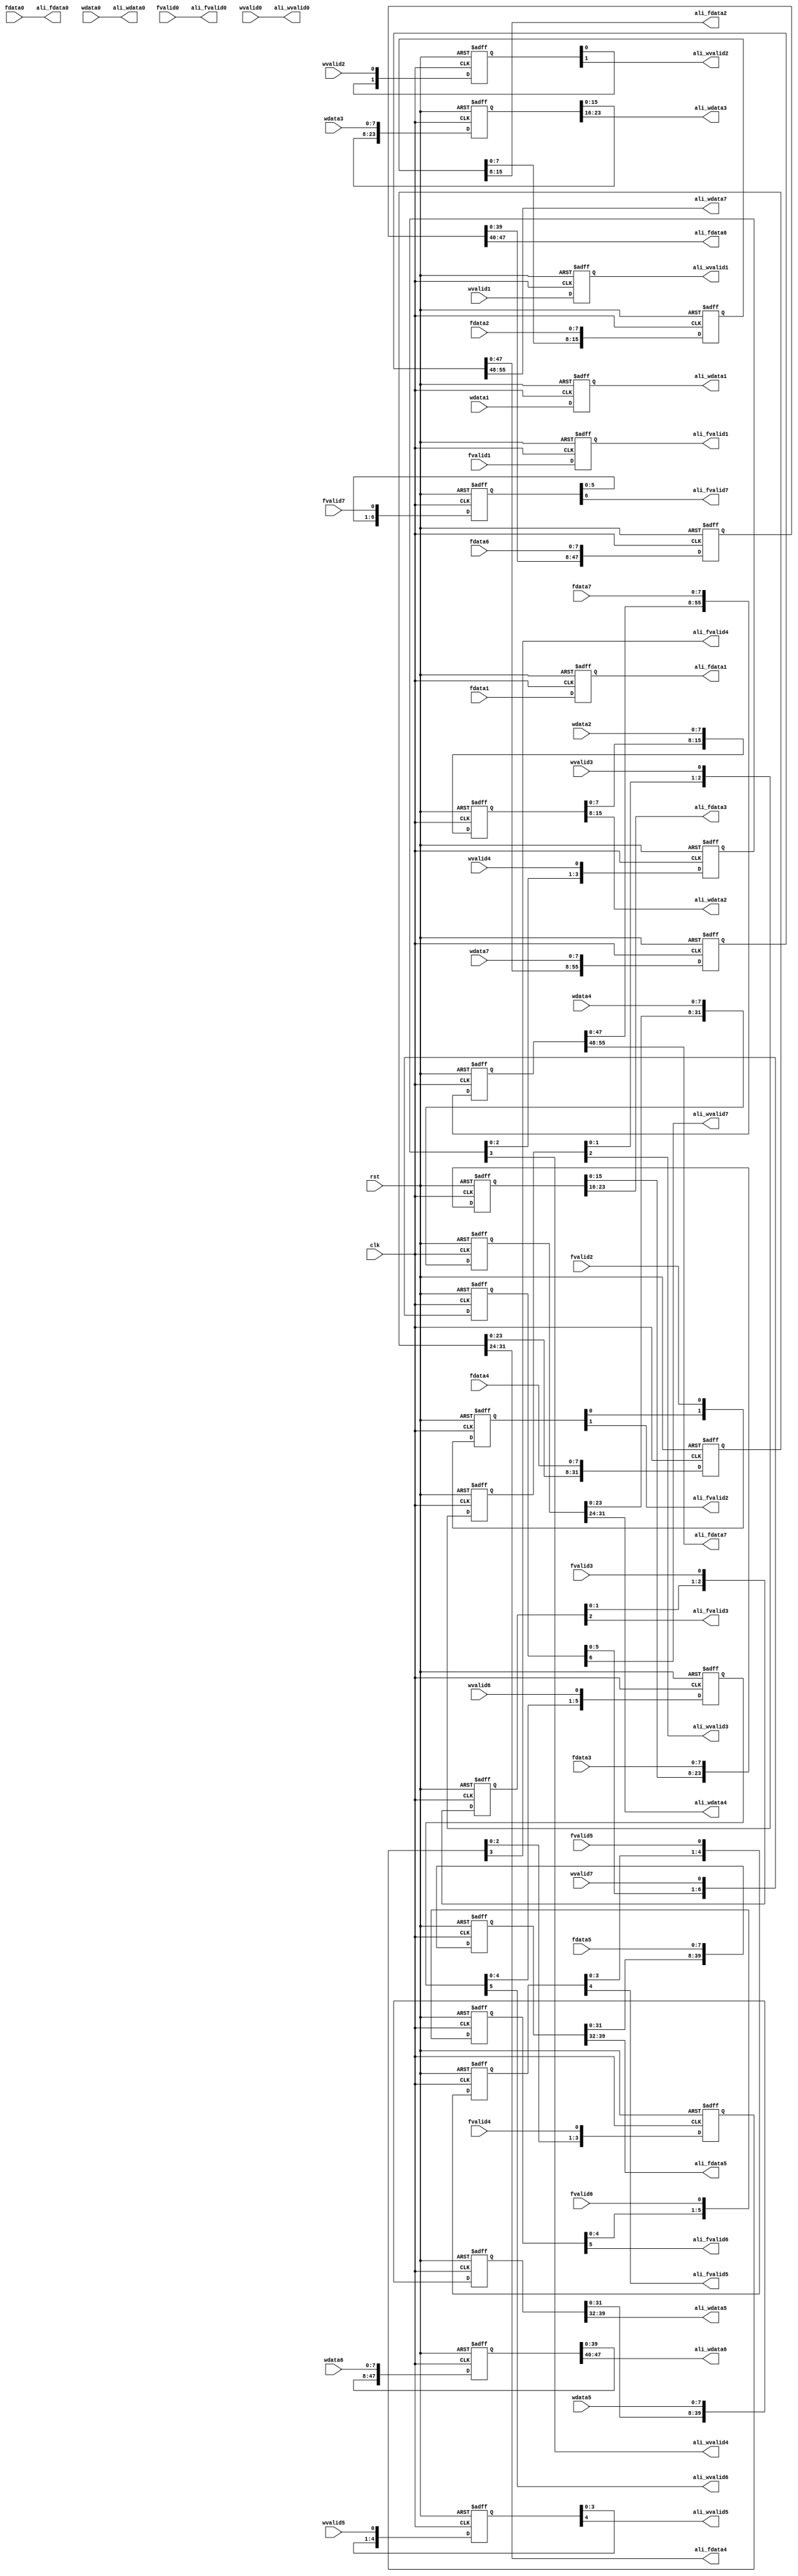
module Input_align(
    input clk,
    input rst,
    input fvalid0,
    input [7:0] fdata0,
    input fvalid1,
    input [7:0] fdata1,
    input fvalid2,
    input [7:0] fdata2,
    input fvalid3,
    input [7:0] fdata3,
    input fvalid4,
    input [7:0] fdata4,
    input fvalid5,
    input [7:0] fdata5,
    input fvalid6,
    input [7:0] fdata6,
    input fvalid7,
    input [7:0] fdata7,
    input wvalid0,
    input [7:0] wdata0,
    input wvalid1,
    input [7:0] wdata1,
    input wvalid2,
    input [7:0] wdata2,
    input wvalid3,
    input [7:0] wdata3,
    input wvalid4,
    input [7:0] wdata4,
    input wvalid5,
    input [7:0] wdata5,
    input wvalid6,
    input [7:0] wdata6,
    input wvalid7,
    input [7:0] wdata7,
    output ali_fvalid0,
    output [7:0] ali_fdata0,
    output ali_fvalid1,
    output [7:0] ali_fdata1,
    output ali_fvalid2,
    output [7:0] ali_fdata2,
    output ali_fvalid3,
    output [7:0] ali_fdata3,
    output ali_fvalid4,
    output [7:0] ali_fdata4,
    output ali_fvalid5,
    output [7:0] ali_fdata5,
    output ali_fvalid6,
    output [7:0] ali_fdata6,
    output ali_fvalid7,
    output [7:0] ali_fdata7,
    output ali_wvalid0,
    output [7:0] ali_wdata0,
    output ali_wvalid1,
    output [7:0] ali_wdata1,
    output ali_wvalid2,
    output [7:0] ali_wdata2,
    output ali_wvalid3,
    output [7:0] ali_wdata3,
    output ali_wvalid4,
    output [7:0] ali_wdata4,
    output ali_wvalid5,
    output [7:0] ali_wdata5,
    output ali_wvalid6,
    output [7:0] ali_wdata6,
    output ali_wvalid7,
    output [7:0] ali_wdata7
    );

reg                   fvalid1_r                ; 
reg     [   7:   0]   fdata1_r                 ; 
reg     [   1:   0]   fvalid2_r                ; 
reg     [  15:   0]   fdata2_r                 ; 
reg     [   2:   0]   fvalid3_r                ; 
reg     [  23:   0]   fdata3_r                 ; 
reg     [   3:   0]   fvalid4_r                ; 
reg     [  31:   0]   fdata4_r                 ; 
reg     [   4:   0]   fvalid5_r                ; 
reg     [  39:   0]   fdata5_r                 ; 
reg     [   5:   0]   fvalid6_r                ; 
reg     [  47:   0]   fdata6_r                 ; 
reg     [   6:   0]   fvalid7_r                ; 
reg     [  55:   0]   fdata7_r                 ; 
reg                   wvalid1_r                ; 
reg     [   7:   0]   wdata1_r                 ; 
reg     [   1:   0]   wvalid2_r                ; 
reg     [  15:   0]   wdata2_r                 ; 
reg     [   2:   0]   wvalid3_r                ; 
reg     [  23:   0]   wdata3_r                 ; 
reg     [   3:   0]   wvalid4_r                ; 
reg     [  31:   0]   wdata4_r                 ; 
reg     [   4:   0]   wvalid5_r                ; 
reg     [  39:   0]   wdata5_r                 ; 
reg     [   5:   0]   wvalid6_r                ; 
reg     [  47:   0]   wdata6_r                 ; 
reg     [   6:   0]   wvalid7_r                ; 
reg     [  55:   0]   wdata7_r                 ; 

always @(posedge clk or posedge rst) begin
    if (rst) begin
        fvalid1_r <= 'b0;
        fdata1_r  <= 'b0;
        fvalid2_r <= 'b0;
        fdata2_r  <= 'b0;
        fvalid3_r <= 'b0;
        fdata3_r  <= 'b0;
        fvalid4_r <= 'b0;
        fdata4_r  <= 'b0;
        fvalid5_r <= 'b0;
        fdata5_r  <= 'b0;
        fvalid6_r <= 'b0;
        fdata6_r  <= 'b0;
        fvalid7_r <= 'b0;
        fdata7_r  <= 'b0;
        wvalid1_r <= 'b0;
        wdata1_r  <= 'b0;
        wvalid2_r <= 'b0;
        wdata2_r  <= 'b0;
        wvalid3_r <= 'b0;
        wdata3_r  <= 'b0;
        wvalid4_r <= 'b0;
        wdata4_r  <= 'b0;
        wvalid5_r <= 'b0;
        wdata5_r  <= 'b0;
        wvalid6_r <= 'b0;
        wdata6_r  <= 'b0;
        wvalid7_r <= 'b0;
        wdata7_r  <= 'b0;
    end
    else begin
        fvalid1_r <= fvalid1; //            
        fdata1_r  <= fdata1; // [   7:   0]
        fvalid2_r <= {fvalid2_r[0],fvalid2}; // [   1:   0]
        fdata2_r  <= {fdata2_r[7:0],fdata2}; // [  15:   0]
        fvalid3_r <= {fvalid3_r[1:0],fvalid3}; // [   2:   0]
        fdata3_r  <= {fdata3_r[15:0],fdata3}; // [  23:   0]
        fvalid4_r <= {fvalid4_r[2:0],fvalid4}; // [   3:   0]
        fdata4_r  <= {fdata4_r[23:0],fdata4}; // [  31:   0]
        fvalid5_r <= {fvalid5_r[3:0],fvalid5}; // [   4:   0]
        fdata5_r  <= {fdata5_r[31:0],fdata5}; // [  39:   0]
        fvalid6_r <= {fvalid6_r[4:0],fvalid6}; // [   5:   0]
        fdata6_r  <= {fdata6_r[39:0],fdata6}; // [  47:   0]
        fvalid7_r <= {fvalid7_r[5:0],fvalid7}; // [   6:   0]
        fdata7_r  <= {fdata7_r[47:0],fdata7}; // [  55:   0]
        wvalid1_r <= wvalid1; //            
        wdata1_r  <= wdata1; // [   7:   0]
        wvalid2_r <= {wvalid2_r[0],wvalid2}; // [   1:   0]
        wdata2_r  <= {wdata2_r[7:0],wdata2}; // [  15:   0]
        wvalid3_r <= {wvalid3_r[1:0],wvalid3}; // [   2:   0]
        wdata3_r  <= {wdata3_r[15:0],wdata3}; // [  23:   0]
        wvalid4_r <= {wvalid4_r[2:0],wvalid4}; // [   3:   0]
        wdata4_r  <= {wdata4_r[23:0],wdata4}; // [  31:   0]
        wvalid5_r <= {wvalid5_r[3:0],wvalid5}; // [   4:   0]
        wdata5_r  <= {wdata5_r[31:0],wdata5}; // [  39:   0]
        wvalid6_r <= {wvalid6_r[4:0],wvalid6}; // [   5:   0]
        wdata6_r  <= {wdata6_r[39:0],wdata6}; // [  47:   0]
        wvalid7_r <= {wvalid7_r[5:0],wvalid7}; // [   6:   0]
        wdata7_r  <= {wdata7_r[47:0],wdata7}; // [  55:   0]
    end
end

assign ali_fvalid0 = fvalid0;
assign ali_fdata0 = fdata0;
assign ali_fvalid1 = fvalid1_r;
assign ali_fdata1 = fdata1_r;
assign ali_fvalid2 = fvalid2_r[1];
assign ali_fdata2 = fdata2_r[15:8];
assign ali_fvalid3 = fvalid3_r[2];
assign ali_fdata3 = fdata3_r[23:16];
assign ali_fvalid4 = fvalid4_r[3];
assign ali_fdata4 = fdata4_r[31:24];
assign ali_fvalid5 = fvalid5_r[4];
assign ali_fdata5 = fdata5_r[39:32];
assign ali_fvalid6 = fvalid6_r[5];
assign ali_fdata6 = fdata6_r[47:40];
assign ali_fvalid7 = fvalid7_r[6];
assign ali_fdata7 = fdata7_r[55:48];
assign ali_wvalid0 = wvalid0;
assign ali_wdata0 = wdata0;
assign ali_wvalid1 = wvalid1_r;
assign ali_wdata1 = wdata1_r;
assign ali_wvalid2 = wvalid2_r[1];
assign ali_wdata2 = wdata2_r[15:8];
assign ali_wvalid3 = wvalid3_r[2];
assign ali_wdata3 = wdata3_r[23:16];
assign ali_wvalid4 = wvalid4_r[3];
assign ali_wdata4 = wdata4_r[31:24];
assign ali_wvalid5 = wvalid5_r[4];
assign ali_wdata5 = wdata5_r[39:32];
assign ali_wvalid6 = wvalid6_r[5];
assign ali_wdata6 = wdata6_r[47:40];
assign ali_wvalid7 = wvalid7_r[6];
assign ali_wdata7 = wdata7_r[55:48];

endmodule